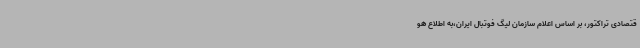
قتصادی تراکتور، بر اساس اعلام سازمان لیگ فوتبال ایران،به اطلاع هو